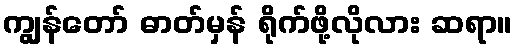
ကျွန်တော် ဓာတ်မှန် ရိုက်ဖို့လိုလား ဆရာ။